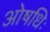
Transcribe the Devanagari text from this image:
ओषधिः